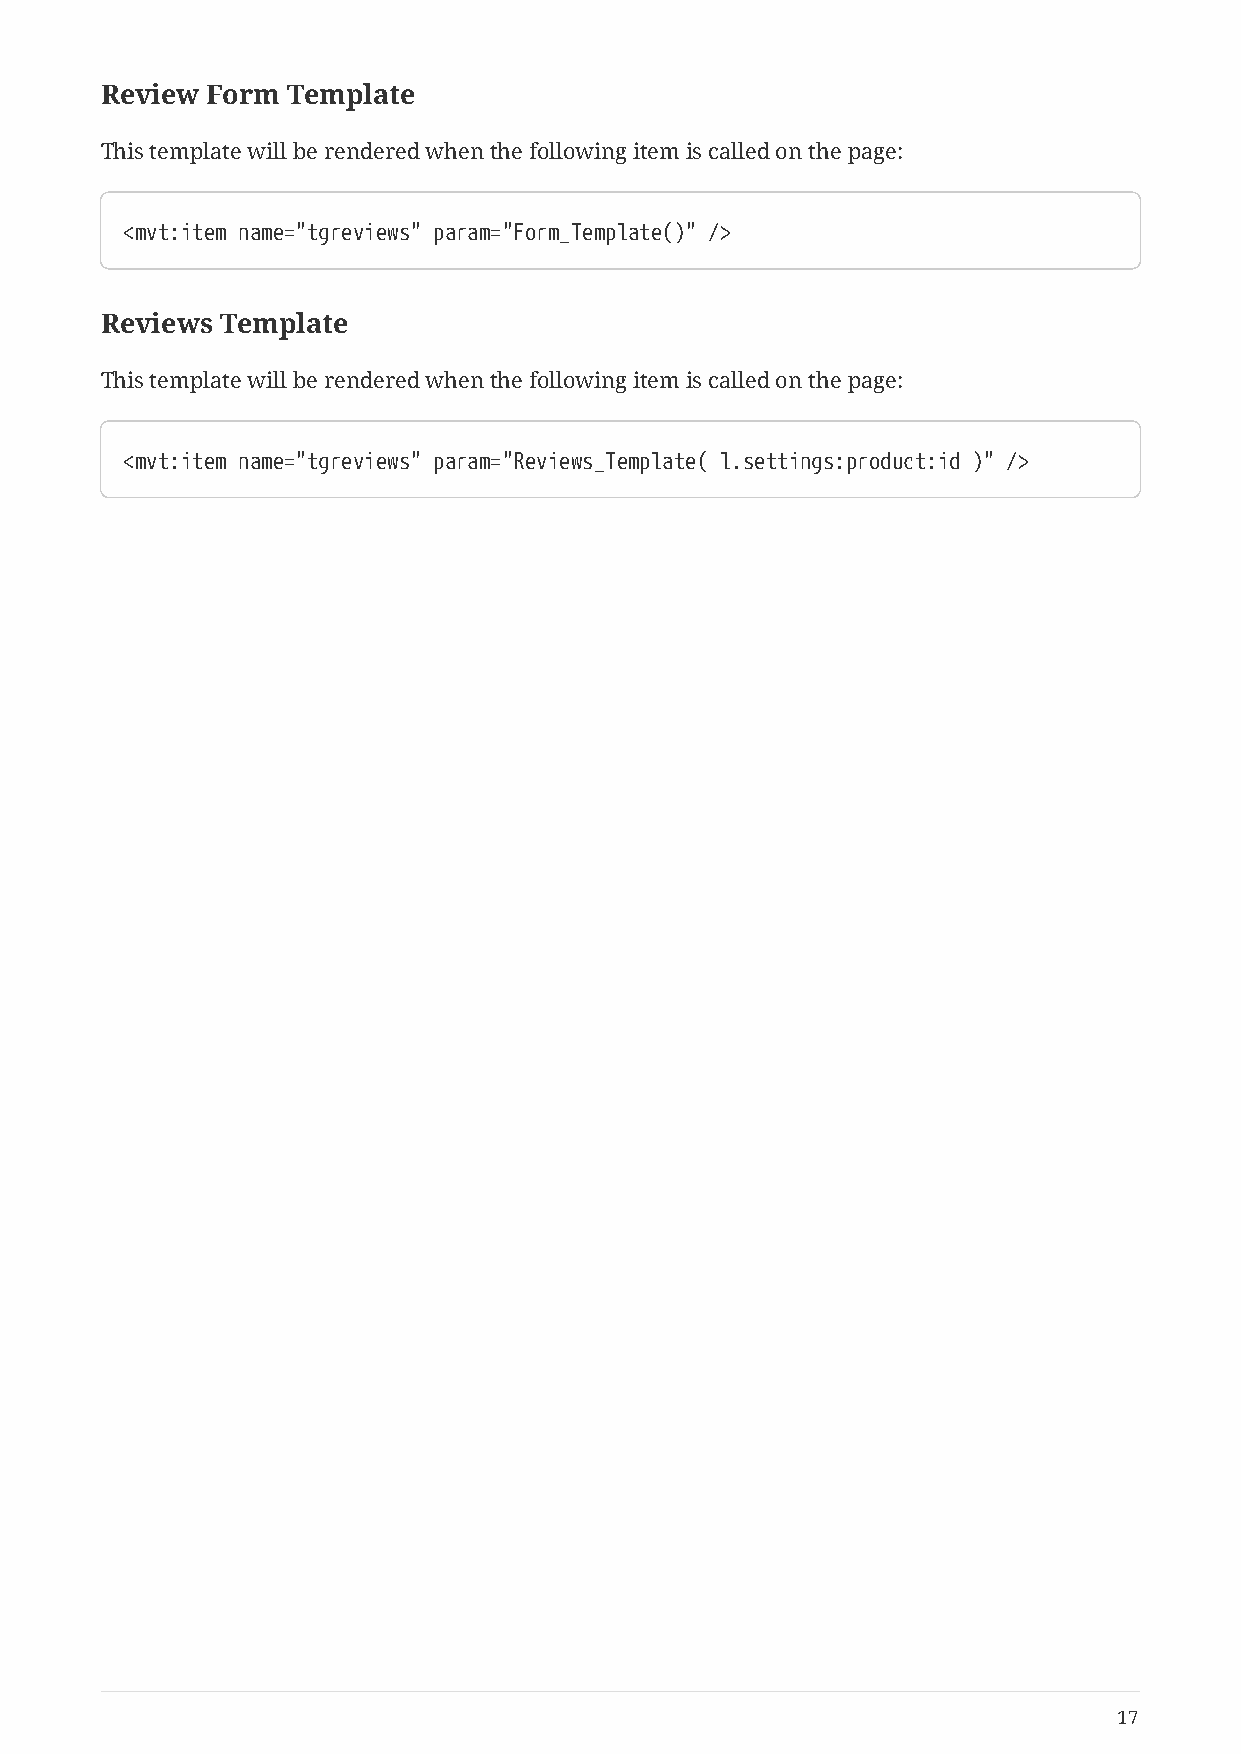
Review Form Template
 This template will be rendered when the following item is called on the page:
 <mvt:item name="tgreviews" param="Form_Template()" />
 Reviews Template
 This template will be rendered when the following item is called on the page:
 <mvt:item name="tgreviews" param="Reviews_Template( l.settings:product:id )" />
 17